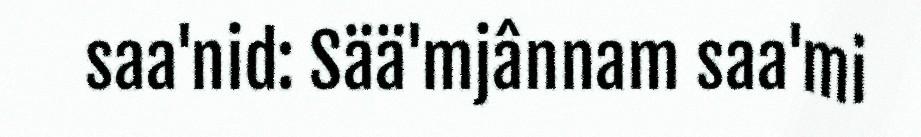
saa'nid: Sää'mjânnam saa'mi